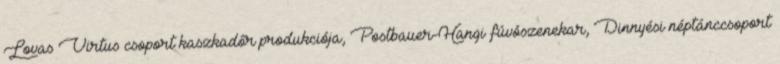
Lovas Virtus csoport kaszkadőr produkciója, Postbauer-Hangi fúvószenekar, Dinnyési néptánccsoport